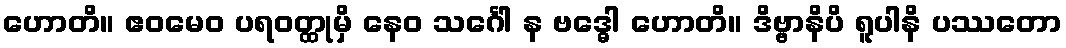
ဟောတိ။ ဧဝမေဝ ပရဝတ္ထုမှိ နေဝ သင်္ဂေါ န ဗဒ္ဓေါ ဟောတိ။ ဒိဗ္ဗာနိပိ ရူပါနိ ပဿတော